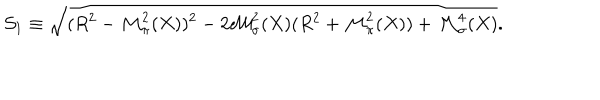
{ \cal S } _ { 1 } \equiv \sqrt { ( R ^ { 2 } - { \cal M } _ { \pi } ^ { 2 } ( X ) ) ^ { 2 } - 2 { \cal M } _ { \sigma } ^ { 2 } ( X ) ( R ^ { 2 } + { \cal M } _ { \pi } ^ { 2 } ( X ) ) + { \cal M } _ { \sigma } ^ { 4 } ( X ) } .